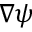
\nabla \psi